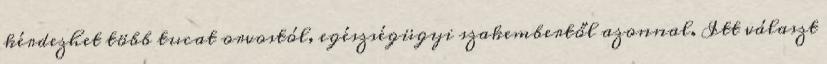
kérdezhet több tucat orvostól, egészségügyi szakembertől azonnal. Itt választ